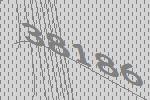
38186